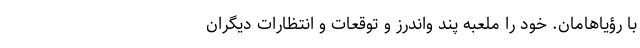
با رؤیاها‌مان. خود را ملعبه پند واندرز و توقعات و انتظارات دیگران